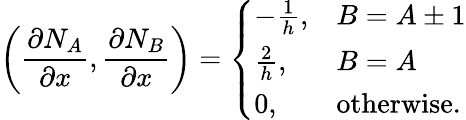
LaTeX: \left(\frac{\partial N_{A}}{\partial x},\frac{\partial N_{B}}{\partial x}\right)=\left\{ \begin{array}{ll}{-\frac{1}{h},}&{B=A\pm 1}\\ {\frac{2}{h},}&{B=A}\\ {0,}&{\mathrm{otherwise}.}\end{array}\right.